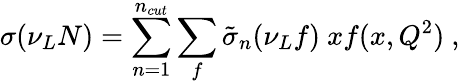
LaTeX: \sigma(\nu_{L}N)=\sum_{n=1}^{n_{cut}}\sum_{f}\tilde{\sigma}_{n}(\nu_{L}f)\ xf(x,Q^{2})\ ,